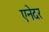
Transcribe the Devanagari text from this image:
एनेदर